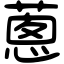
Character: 蔥